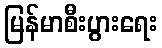
မြန်မာစီးပွားရေး